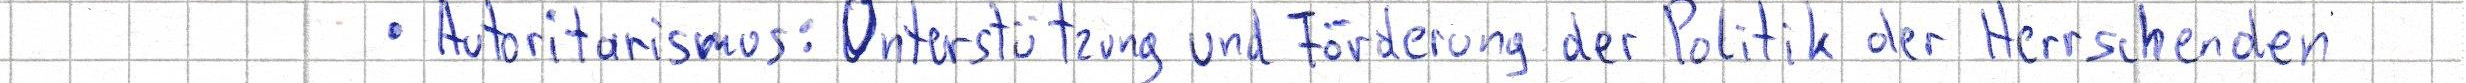
- Autoritarismus: Unterstützung und Förderung der Politik der Herrschenden